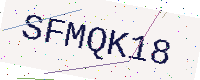
Text: SFMQK18